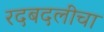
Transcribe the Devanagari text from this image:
रदबदलीचा